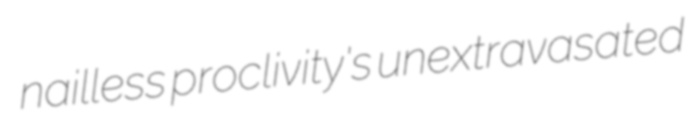
nailless proclivity's unextravasated